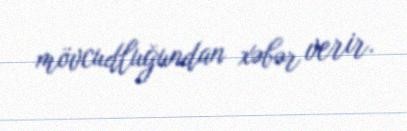
mövcudluğundan xəbər verir.